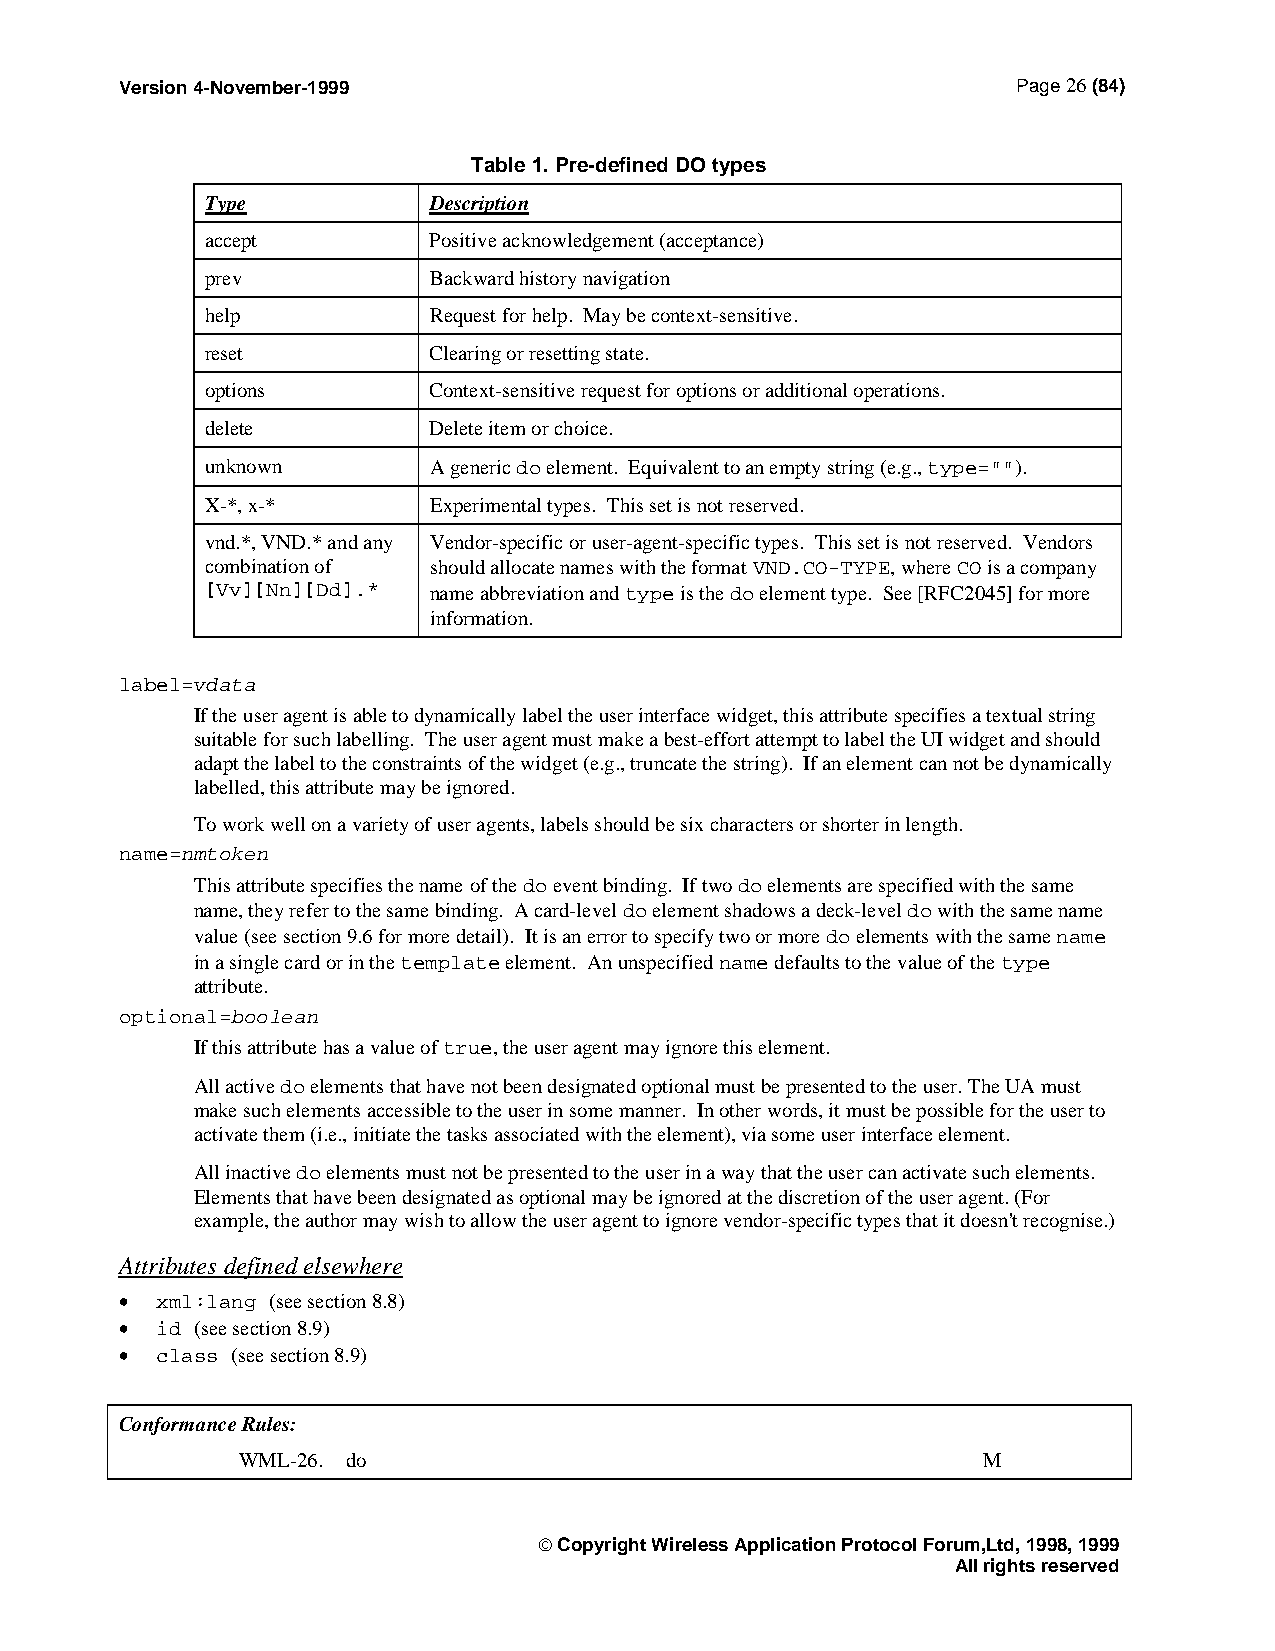
Version 4-November-1999                                    Page 26 (84)
 Table 1. Pre-defined DO types
 Type          Description
 accept        Positive acknowledgement (acceptance)
 prev          Backward history navigation
 help          Request for help. May be context-sensitive.
 reset         Clearing or resetting state.
 options       Context-sensitive request for options or additional operations.
 delete        Delete item or choice.
 unknown       A generic do element. Equivalent to an empty string (e.g., type="").
 X-*, x-*      Experimental types. This set is not reserved.
 vnd.*, VND.* and any Vendor-specific or user-agent-specific types. This set is not reserved. Vendors
 combination of should allocate names with the format VND.CO-TYPE, where CO is a company
 [Vv][Nn][Dd].* name abbreviation and type is the do element type. See [RFC2045] for more
 information.
 label=vdata
 If the user agent is able to dynamically label the user interface widget, this attribute specifies a textual string
 suitable for such labelling. The user agent must make a best-effort attempt to label the UI widget and should
 adapt the label to the constraints of the widget (e.g., truncate the string). If an element can not be dynamically
 labelled, this attribute may be ignored.
 To work well on a variety of user agents, labels should be six characters or shorter in length.
 name=nmtoken
 This attribute specifies the name of the do event binding. If two do elements are specified with the same
 name, they refer to the same binding. A card-level do element shadows a deck-level do with the same name
 value (see section 9.6 for more detail). It is an error to specify two or more do elements with the same name
 in a single card or in the template element. An unspecified name defaults to the value of the type
 attribute.
 optional=boolean
 If this attribute has a value of true, the user agent may ignore this element.
 All active do elements that have not been designated optional must be presented to the user. The UA must
 make such elements accessible to the user in some manner. In other words, it must be possible for the user to
 activate them (i.e., initiate the tasks associated with the element), via some user interface element.
 All inactive do elements must not be presented to the user in a way that the user can activate such elements.
 Elements that have been designated as optional may be ignored at the discretion of the user agent. (For
 example, the author may wish to allow the user agent to ignore vendor-specific types that it doesn't recognise.)
 Attributes defined elsewhere
 • xml:lang (see section 8.8)
 • id (see section 8.9)
 • class (see section 8.9)
 Conformance Rules:
 WML-26. do                                       M
  Copyright Wireless Application Protocol Forum,Ltd, 1998, 1999
 All rights reserved